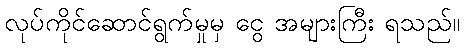
လုပ်ကိုင်ဆောင်ရွက်မှုမှ ငွေ အများကြီး ရသည်။